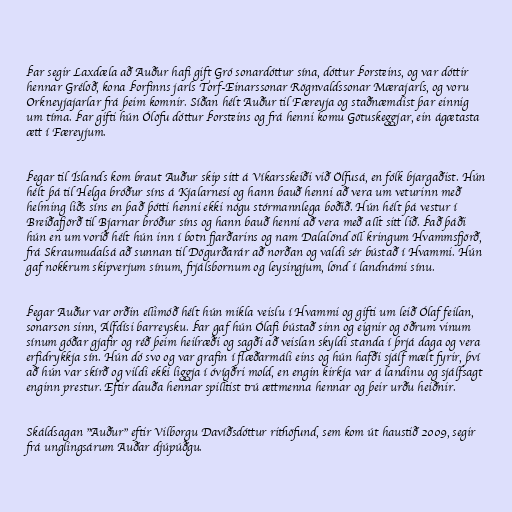
Þar segir Laxdæla að Auður hafi gift Gró sonardóttur sína, dóttur Þorsteins, og var dóttir
hennar Grélöð, kona Þorfinns jarls Torf-Einarssonar Rögnvaldssonar Mærajarls, og voru
Orkneyjajarlar frá þeim komnir. Síðan hélt Auður til Færeyja og staðnæmdist þar einnig
um tíma. Þar gifti hún Ólöfu dóttur Þorsteins og frá henni komu Götuskeggjar, ein ágætasta
ætt í Færeyjum.

Þegar til Íslands kom braut Auður skip sitt á Víkarsskeiði við Ölfusá, en fólk bjargaðist. Hún
hélt þá til Helga bróður síns á Kjalarnesi og hann bauð henni að vera um veturinn með
helming liðs síns en það þótti henni ekki nógu stórmannlega boðið. Hún hélt þá vestur í
Breiðafjörð til Bjarnar bróður síns og hann bauð henni að vera með allt sitt lið. Það þáði
hún en um vorið hélt hún inn í botn fjarðarins og nam Dalalönd öll kringum Hvammsfjörð,
frá Skraumudalsá að sunnan til Dögurðarár að norðan og valdi sér bústað í Hvammi. Hún
gaf nokkrum skipverjum sínum, frjálsbornum og leysingjum, lönd í landnámi sínu.

Þegar Auður var orðin ellimóð hélt hún mikla veislu í Hvammi og gifti um leið Ólaf feilan,
sonarson sinn, Álfdísi barreysku. Þar gaf hún Ólafi bústað sinn og eignir og öðrum vinum
sínum góðar gjafir og réð þeim heilræði og sagði að veislan skyldi standa í þrjá daga og vera
erfidrykkja sín. Hún dó svo og var grafin í flæðarmáli eins og hún hafði sjálf mælt fyrir, því
að hún var skírð og vildi ekki liggja í óvígðri mold, en engin kirkja var á landinu og sjálfsagt
enginn prestur. Eftir dauða hennar spilltist trú ættmenna hennar og þeir urðu heiðnir.

Skáldsagan "Auður" eftir Vilborgu Davíðsdóttur rithöfund, sem kom út haustið 2009, segir
frá unglingsárum Auðar djúpúðgu.